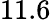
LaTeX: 11.6